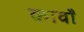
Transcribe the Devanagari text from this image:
कावाँ